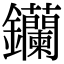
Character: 钄